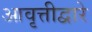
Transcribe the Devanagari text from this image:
आवृत्तीद्वारे